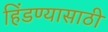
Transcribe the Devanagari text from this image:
हिंडण्यासाठी